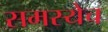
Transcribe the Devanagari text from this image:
समस्येच